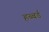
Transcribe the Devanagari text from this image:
हब्बर्ड